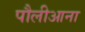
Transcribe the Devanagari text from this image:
पौलीआना